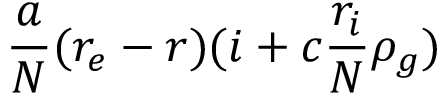
\frac { a } { N } ( r _ { e } - r ) ( i + c \frac { r _ { i } } { N } \rho _ { g } )